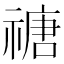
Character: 禟